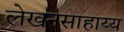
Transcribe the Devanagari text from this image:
लेखनसाहाय्य